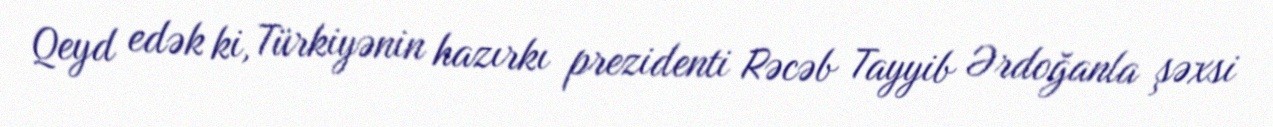
Qeyd edək ki, Türkiyənin hazırkı prezidenti Rəcəb Tayyib Ərdoğanla şəxsi